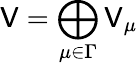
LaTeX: \mathsf{V}=\bigoplus_{\mu\in\Gamma}\mathsf{V}_{\mu}